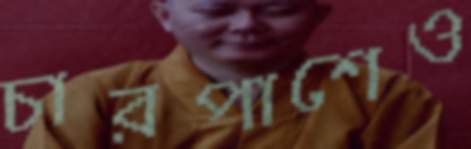
চারপাশেও